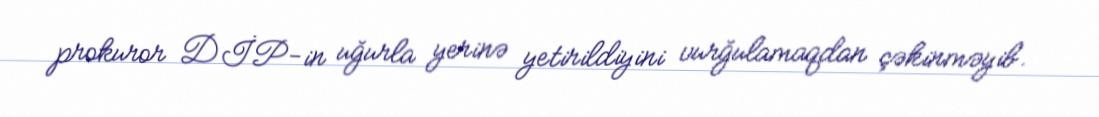
prokuror DİP-in uğurla yerinə yetirildiyini vurğulamaqdan çəkinməyib.